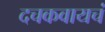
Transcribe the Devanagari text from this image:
दचकवायचं